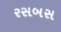
રસબસ